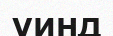
ұинд